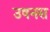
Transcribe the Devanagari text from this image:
उषनस